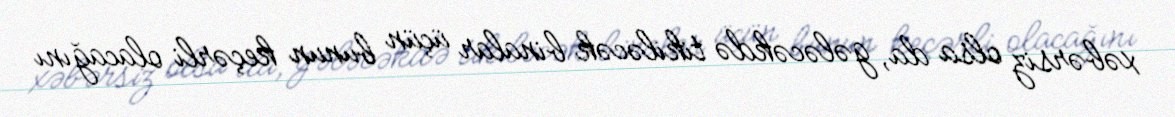
xəbərsiz olsa da, gələcəkdə tikiləcək binalar üçün bunun keçərli olacağını